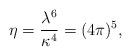
LaTeX: \begin{align*}\eta = {\lambda^6 \over \kappa^4} = (4\pi)^5,\end{align*}